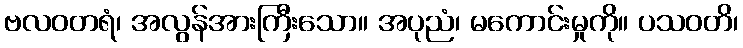
ဗလဝတရံ၊ အလွန်အားကြီးသော။ အပုညံ၊ မကောင်းမှုကို။ ပသဝတိ၊